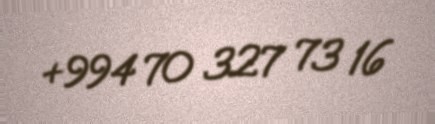
+994 70 327 73 16